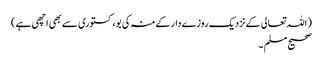
( اللہ تعالی کےنزدیک روزےدارکےمنہ کی بو، کستوری سےبھی اچھی ہے )
صحیح مسلم ۔